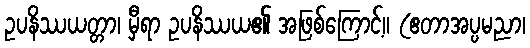
ဥပနိဿယတ္တာ၊ မှီရာ ဥပနိဿယ၏ အဖြစ်ကြောင့်။ (ဧတာအပ္ပမညာ၊